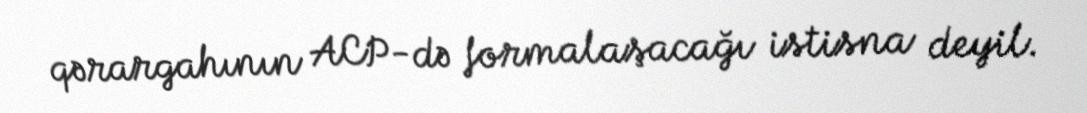
qərargahının ACP-də formalaşacağı istisna deyil.